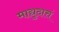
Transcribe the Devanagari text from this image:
माद्युदात्तं